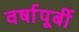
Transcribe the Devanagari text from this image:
वर्षापूर्बी